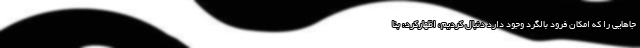
جاهایی را که امکان فرود بالگرد وجود دارد دنبال کردیم، اظهارکرد: بنا